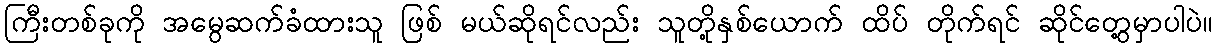
ကြီးတစ်ခုကို အမွေဆက်ခံထားသူ ဖြစ် မယ်ဆိုရင်လည်း သူတို့နှစ်ယောက် ထိပ် တိုက်ရင် ဆိုင်တွေ့မှာပါပဲ။